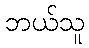
ဘယ်သူ